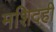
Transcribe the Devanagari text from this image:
मशिदही